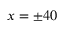
x = \pm 4 0